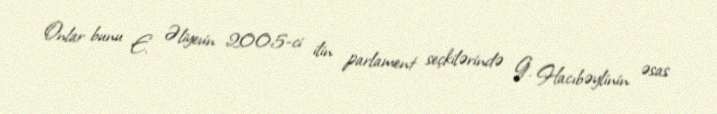
Onlar bunu E. Əliyevin 2005-ci ilin parlament seçkilərində G. Hacıbəylinin əsas